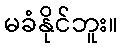
မခံနိုင်ဘူး။